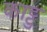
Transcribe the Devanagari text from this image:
काट्टु